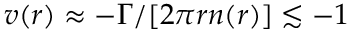
v ( r ) \approx - \Gamma / [ 2 \pi r n ( r ) ] \lesssim - 1